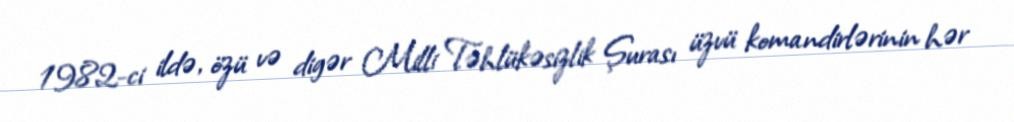
1982-ci ildə, özü və digər Milli Təhlükəsizlik Şurası üzvü komandirlərinin hər